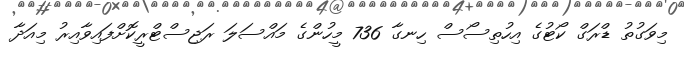
މިވަގުތު ޑްރަގް ކޯޓުގެ އިހުތިސޯސް ހިނގާ 736 މީހުންގެ މައްސަލަ ރަޖިސްޓްރީކޮށްފައިވާއިރު މިއަދާ